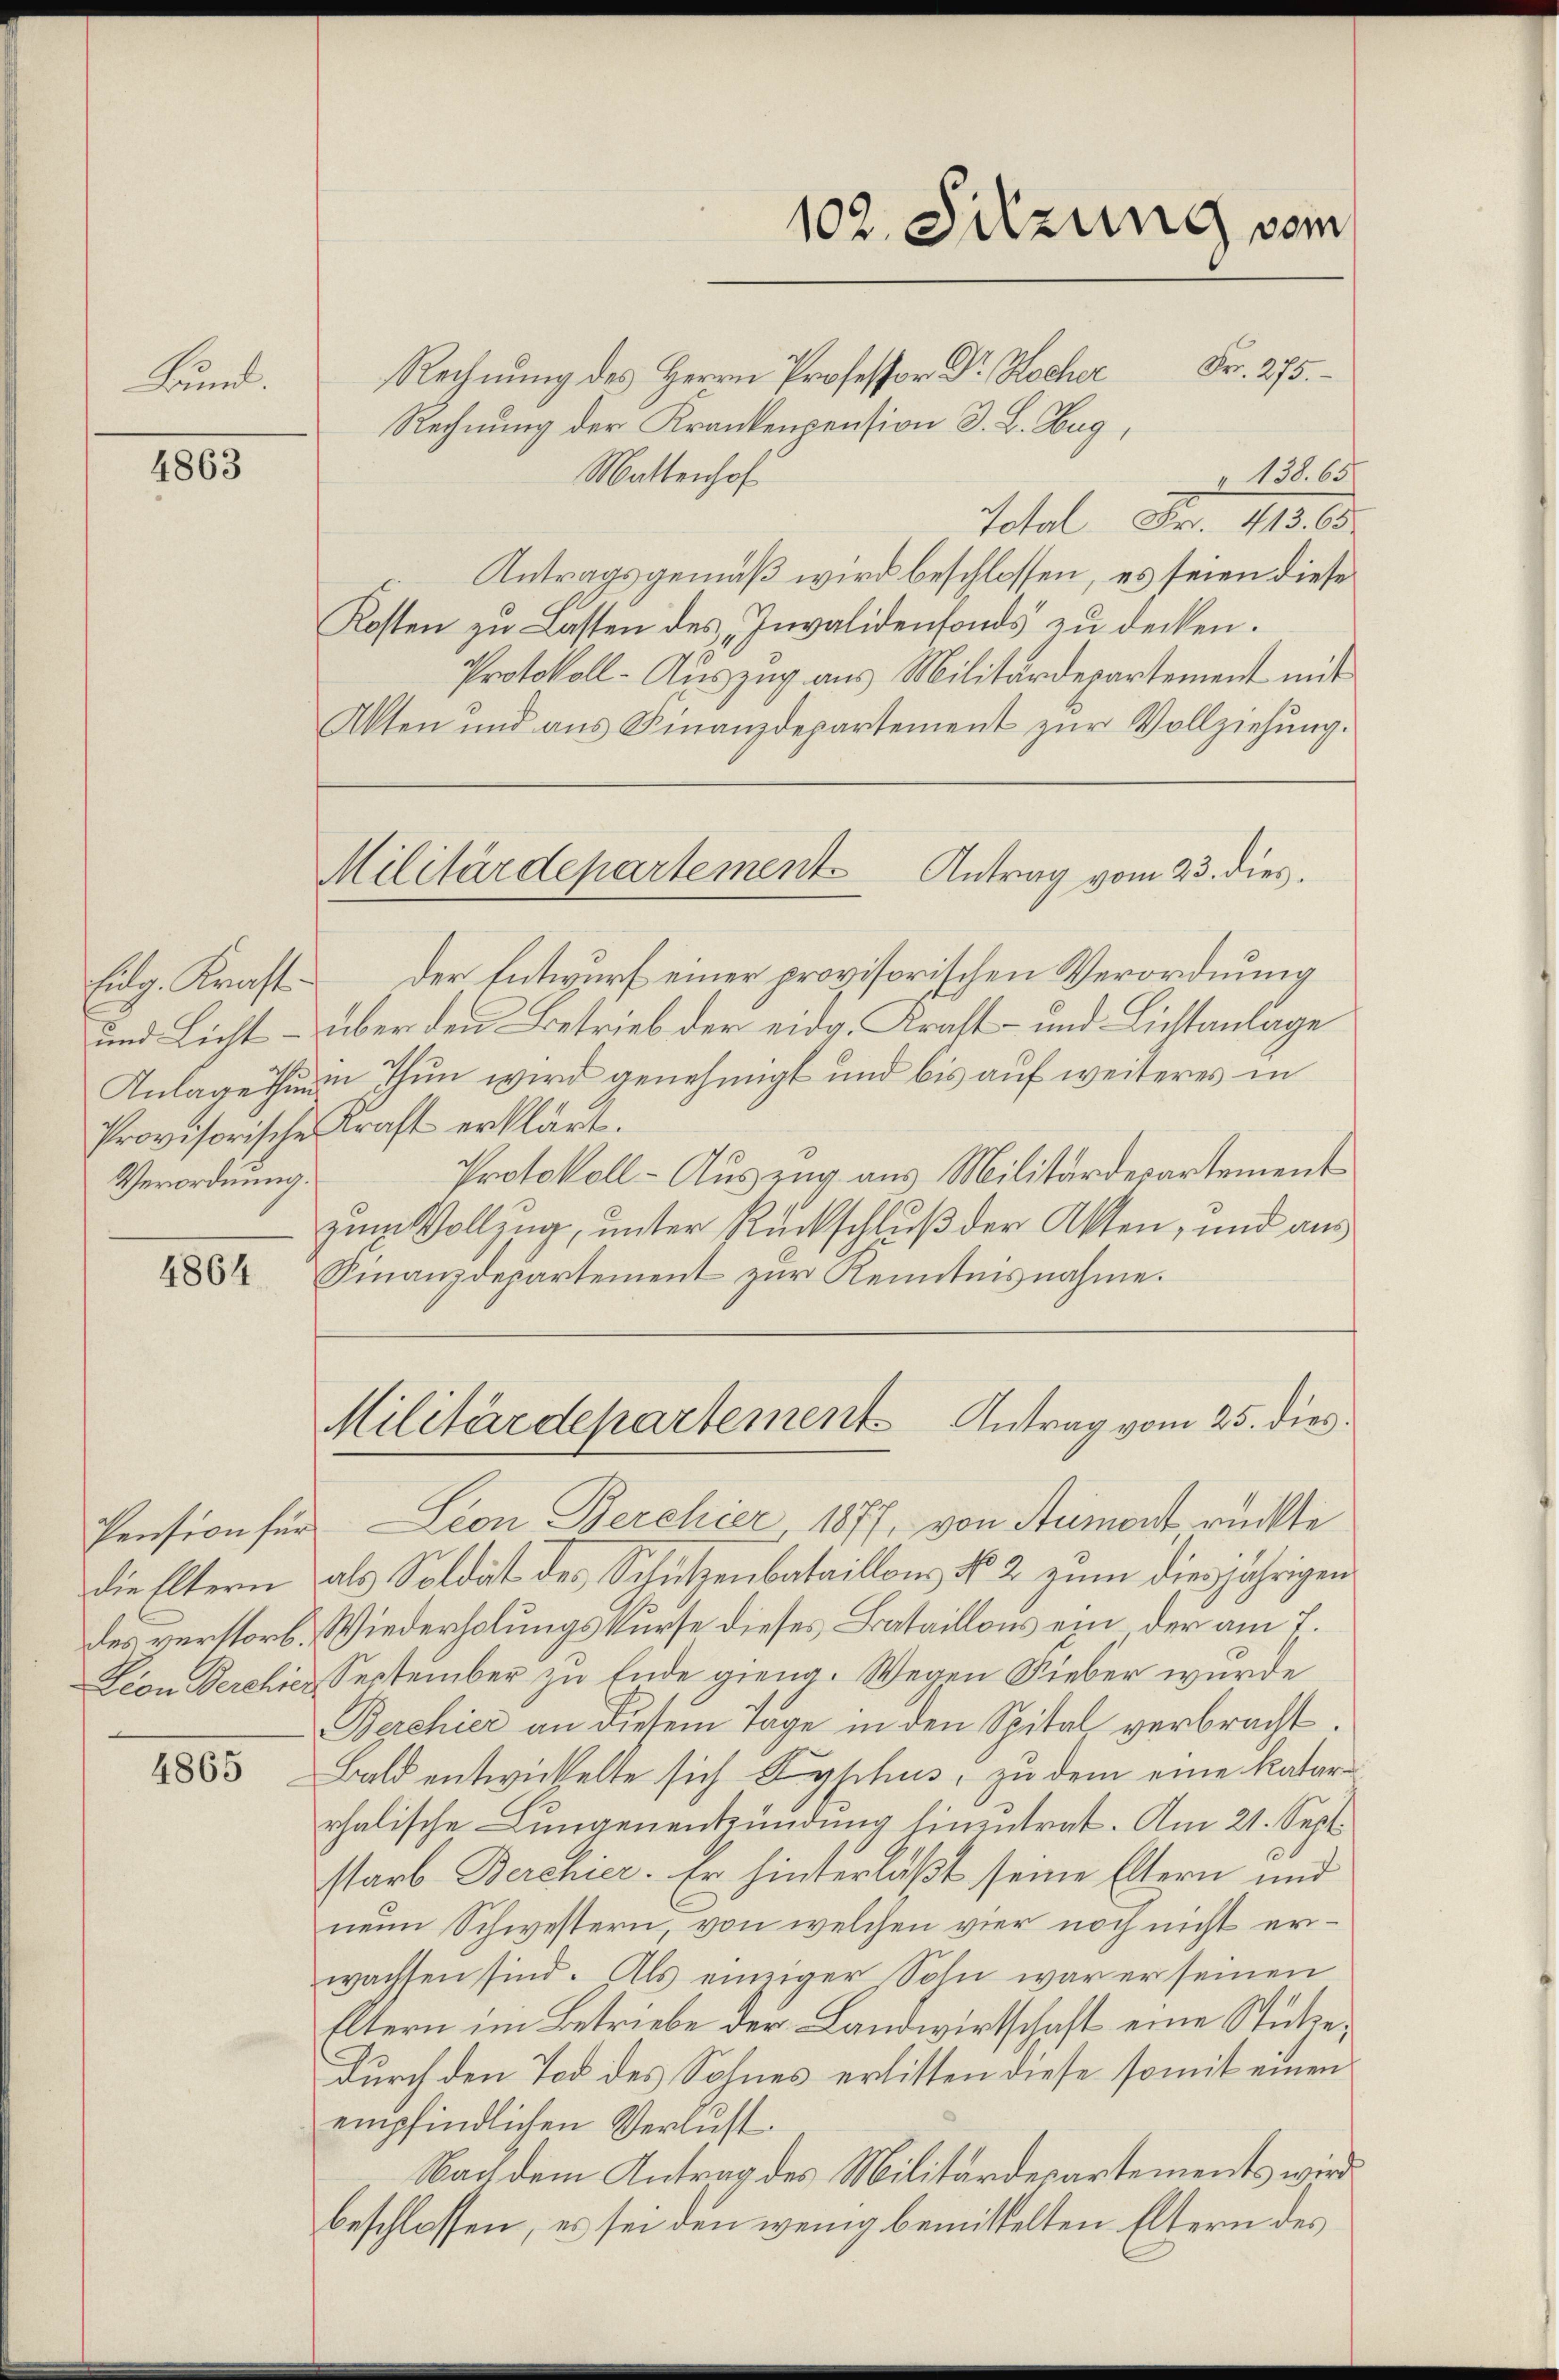
Frl.

4863

Eidg. Kraft.
und Licht
Anlage thun
Provisorische
Verordnung.

4864

die Eltern
des verstorb.
Dion Berchie

1865

Militärdepartement

102. Sitzung vom

Rechnung des Herrn Professor Dr. Hocher Fr. 275.
Rechnung der Krankenpension d. B. Zug,
Mattenhof
" 138. 65
Total Fr. 413. 65.
Antragsgemäß wird beschlossen, es seien diese
Kosten zu Lasten des „Invalidenfonds zu decken.
Protokoll-Auszug aus Militärdepartement mit
Akten und ans Finanzdepartement zŭr Vollziehung.
Antrag vom 23. dies
Der Entwurf einer provisorischen Verordnung
über den Betrieb der eidg. Kraft und Lichtanlage
in Thun wird genehmigt und bis auf weiteres in
Kraft erklärt.
Protokoll - Auszug aus Militärdepartement
zum Vollzug, unter Rückschluß der Akten, und aus
Finanzdepartement zur Kenntnisnahme.
Militärdepartement Antrag vom 25. dies
Pension für Leon Berchier 1877, von Aumont rückte
als Soldat des Schutzenbataillons No 2 zum diesjährigen
Wiederholungskurse dieses Bataillons ein der am 7.
September zu Ende gieng. Wegen Sieber wurde
Berchier an diesem Tage in den Spital verbracht.
Bald entwickelte sich Lyphus, zu dem eine Katari
rhalische Lungenentzündung hinentrat. Am 21. Sept.
starb Berchier. Er hinterläßt seine Eltern und
neun Schwestern, von welchen vier noch nicht erwachsen sind. Als einziger Sohn war er seinen
Eltern im Betriebe der Landwirtschaft eine Stutzedurch den Tod des Sohnes erlitten diese somit einen
empfindlichen Verlust.
Nach dem Antrag des Militärdepartements wird
beschlossen, es sei den wenig bemittelten Eltern des